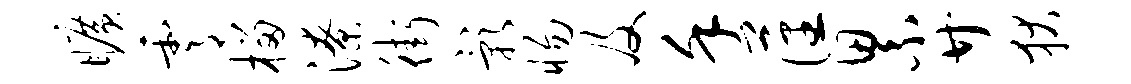
旷霄榴潦街影惕及堇藩累廿狄